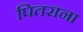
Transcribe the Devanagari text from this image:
पितराना